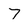
Character: 7